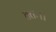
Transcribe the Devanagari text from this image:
ततः।।